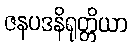
ဇနပဒနိရုတ္တိယာ